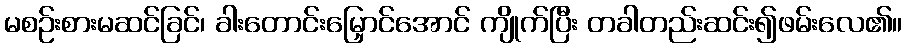
မစဉ်းစားမဆင်ခြင်၊ ခါးတောင်းမြှောင်အောင် ကျိုက်ပြီး တခါတည်းဆင်း၍ဖမ်းလေ၏။